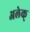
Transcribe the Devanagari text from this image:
अलेक्